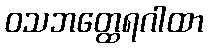
ဝသဘတ္ထေရဂါထာ